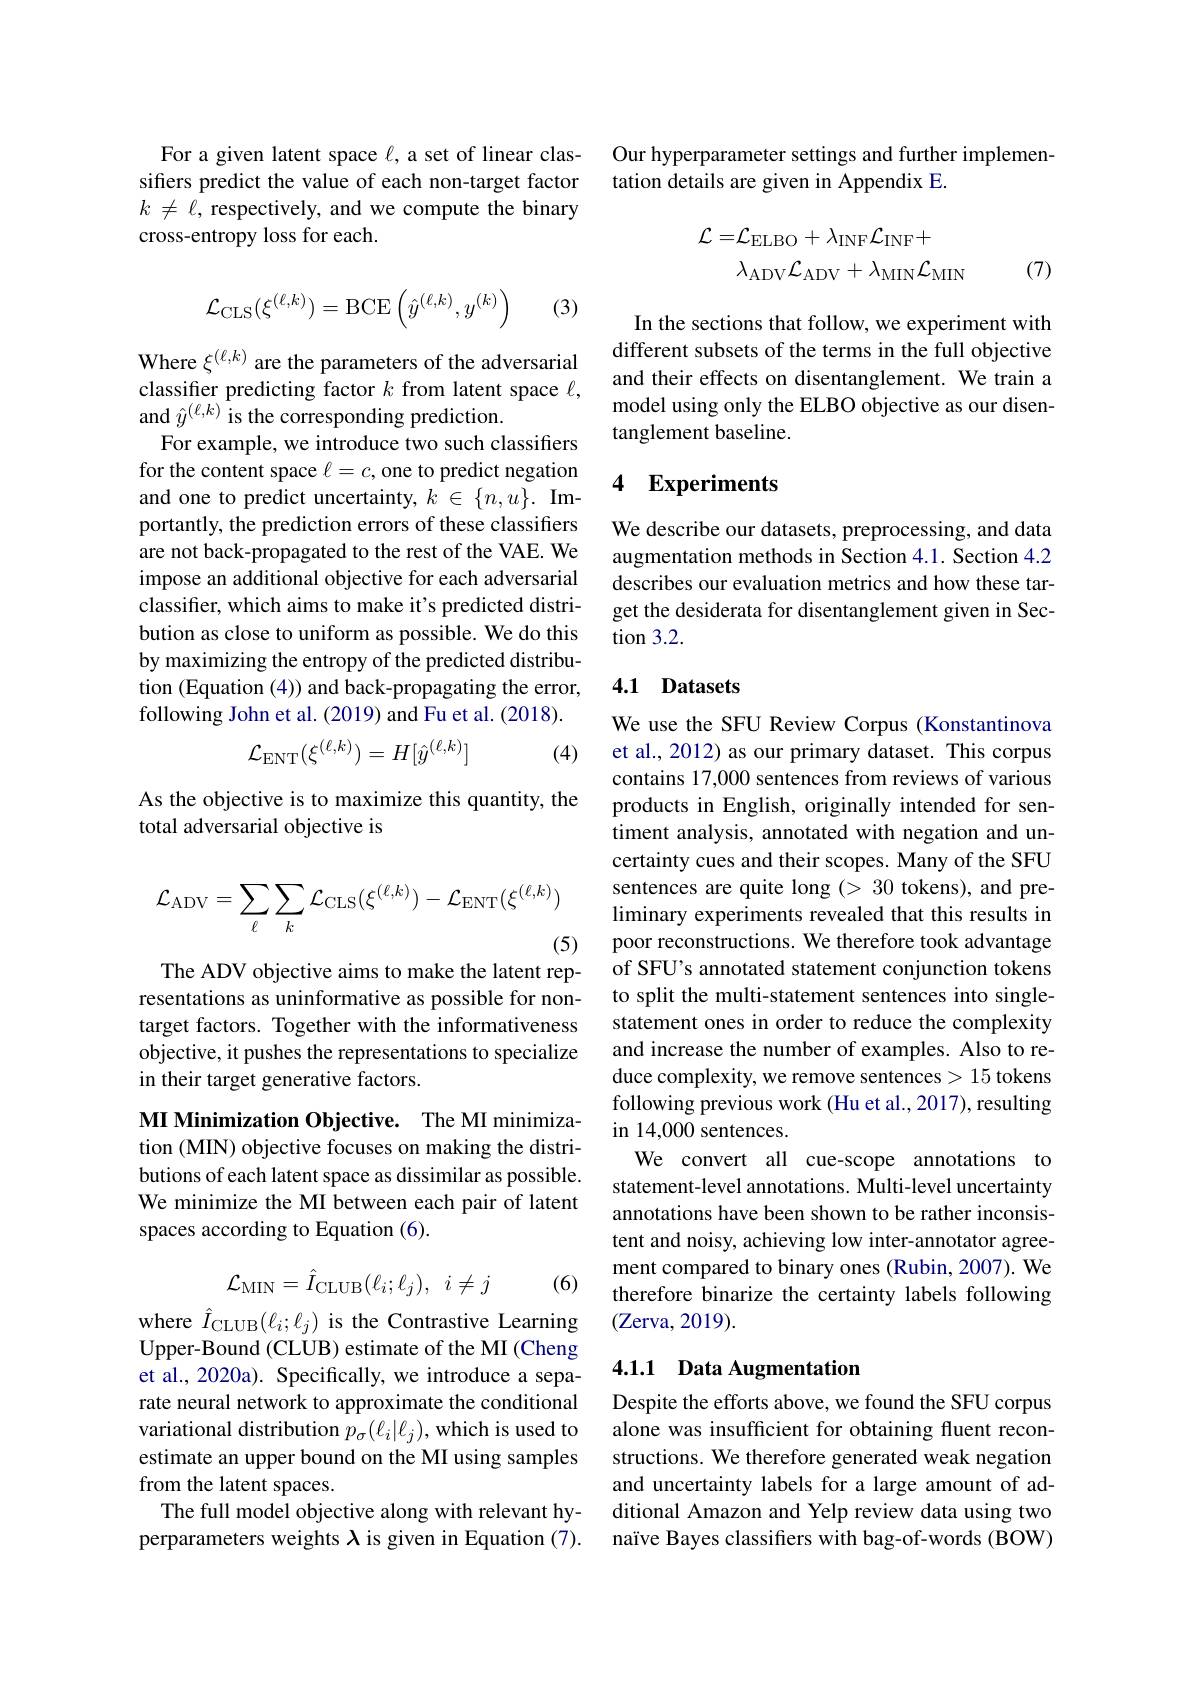
For a given latent space $\ell$, a set of linear classifiers predict the value of each non-target factor $k\neq\ell$, respectively, and we compute the binary cross-entropy loss for each.
$$\mathcal{L}_{\mathrm{CLS}}(\xi^{(\ell,k)})=\mathrm{BCE}\left(\hat{y}^{(\ell,k)},y^{(k)}\right)$$
(3)

Where $\xi^{(\ell,k)}$ are the parameters of the adversarial classifer predicting factor $k$ from latent space $\ell$, and $\hat{y}^{(\ell,k)}$ is the corresponding prediction.
For example, we introduce two such classifiers for the content space $\ell=c$, one to predict negation and one to predict uncertainty, $k\in \{ n, u\} . \textbf{Im- }$ portantly, the prediction errors of these classifiers are not back-propagated to the rest of the VAE. We impose an additional objective for each adversarial classifer, which aims to make it's predicted distribution as close to uniform as possible. We do this by maximizing the entropy of the predicted distribution (Equation (4)) and back-propagating the error, following John et al. (2019) and Fu et al. (2018).
$$\mathcal{L}_{\mathrm{ENT}}(\xi^{(\ell,k)})=H[\hat{y}^{(\ell,k)}]$$
(4)

As the objective is to maximize this quantity, the
total adversarial objective is
$$\mathcal{L}_{\mathrm{ADV}}=\sum_{\ell}\sum_{k}\mathcal{L}_{\mathrm{CLS}}(\xi^{(\ell,k)})-\mathcal{L}_{\mathrm{ENT}}(\xi^{(\ell,k)})$$
(5)
The ADV objective aims to make the latent rep-

resentations as uninformative as possible for nontarget factors. Together with the informativeness objective, it pushes the representations to specialize in their target generative factors.

MI Minimization Objective. The MI minimization (MIN) objective focuses on making the distributions of each latent space as dissimilar as possible. We minimize the MI between each pair of latent spaces according to Equation (6).
$$\mathcal{L}_{\mathrm{MIN}}=\hat{I}_{\mathrm{CLUB}}(\ell_i;\ell_j),\:i\neq j$$
(6)

where $\hat{I}_{\mathrm{CLUB}}(\ell_i;\ell_j)$ is the Contrastive Learning Upper-Bound (CLUB) estimate of the MI (Cheng et al., 2020a). Specifically, we introduce a separate neural network to approximate the conditional variational distribution $p_\sigma(\ell_i|\ell_j)$, which is used to estimate an upper bound on the MI using samples from the latent spaces.
The full model objective along with relevant hyperparameters weights $\lambda$ is given in Equation (7).

Our hyperparameter settings and further implemen-
tation details are given in Appendix E.
$$\begin{aligned}\mathcal{L}=&\mathcal{L}_{\mathrm{ELBO}}+\lambda_{\mathrm{INF}}\mathcal{L}_{\mathrm{INF}}+\\&\lambda_{\mathrm{ADV}}\mathcal{L}_{\mathrm{ADV}}+\lambda_{\mathrm{MIN}}\mathcal{L}_{\mathrm{MIN}}\end{aligned}$$
(7)

In the sections that follow, we experiment with different subsets of the terms in the full objective and their effects on disentanglement. We train a model using only the ELBO objective as our disentanglement baseline.

### 4 Experiments

We describe our datasets, preprocessing, and data augmentation methods in Section 4.1. Section 4.2 describes our evaluation metrics and how these target the desiderata for disentanglement given in Sec- $\tan3.2.$

## 4.1 Datasets

We use the SFU Review Corpus (Konstantinova et al., 2012) as our primary dataset. This corpus contains 17,000 sentences from reviews of various products in English, originally intended for sentiment analysis, annotated with negation and uncertainty cues and their scopes. Many of the SFU sentences are quite long (> 30 tokens), and preliminary experiments revealed that this results in poor reconstructions. We therefore took advantage of SFU's annotated statement conjunction tokens to split the multi-statement sentences into singlestatement ones in order to reduce the complexity and increase the number of examples. Also to reduce complexity, we remove sentences > 15 tokens following previous work (Hu et al., 2017), resulting in 14,000 sentences.
We convert all cue-scope annotations to statement-level annotations. Multi-level uncertainty annotations have been shown to be rather inconsistent and noisy, achieving low inter-annotator agreement compared to binary ones (Rubin, 2007). We therefore binarize the certainty labels following (Zerva, 2019).

# 4.1.1 Data Augmentation

Despite the efforts above, we found the SFU corpus alone was insufficient for obtaining fluent reconstructions. We therefore generated weak negation and uncertainty labels for a large amount of additional Amazon and Yelp review data using two naïve Bayes classifiers with bag-of-words (BOW)